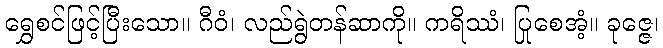
ရွှေစင်ဖြင့်ပြီးသော။ ဂီဝံ၊ လည်ရွဲတန်ဆာကို။ ကရိဿံ၊ ပြုစေအံ့။ ခုဇ္ဇေ၊